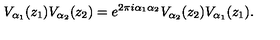
V _ { \alpha _ { 1 } } ( z _ { 1 } ) V _ { \alpha _ { 2 } } ( z _ { 2 } ) = e ^ { 2 \pi i \alpha _ { 1 } \alpha _ { 2 } } V _ { \alpha _ { 2 } } ( z _ { 2 } ) V _ { \alpha _ { 1 } } ( z _ { 1 } ) .